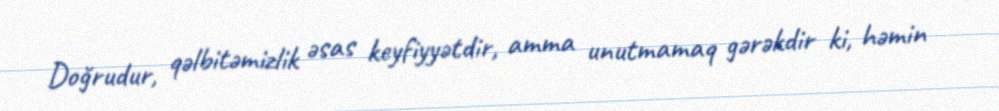
Doğrudur, qəlbitəmizlik əsas keyfiyyətdir, amma unutmamaq gərəkdir ki, həmin